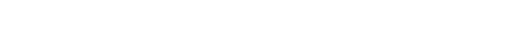
အေးချမ်းငြိမ်သက်သော တောဘဝကို အောက်မေ့မိသည်။